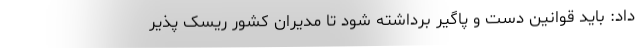
داد: باید قوانین دست و پاگیر برداشته شود تا مدیران کشور ریسک پذیر